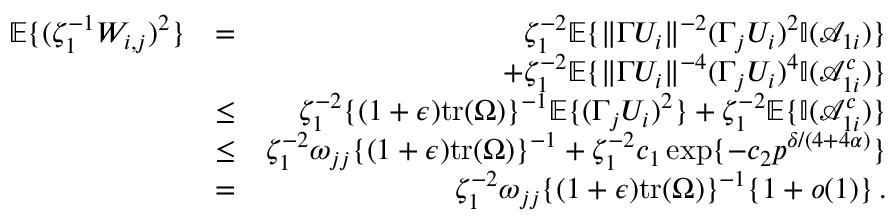
\begin{array} { r l r } { { \mathbb { E } } \{ ( \zeta _ { 1 } ^ { - 1 } W _ { i , j } ) ^ { 2 } \} } & { = } & { \zeta _ { 1 } ^ { - 2 } { \mathbb { E } } \{ \| \Gamma U _ { i } \| ^ { - 2 } ( \Gamma _ { j } U _ { i } ) ^ { 2 } { \mathbb { I } } ( \mathcal { A } _ { 1 i } ) \} } \\ & { } & { + \zeta _ { 1 } ^ { - 2 } { \mathbb { E } } \{ \| \Gamma U _ { i } \| ^ { - 4 } ( \Gamma _ { j } U _ { i } ) ^ { 4 } { \mathbb { I } } ( \mathcal { A } _ { 1 i } ^ { c } ) \} } \\ & { \leq } & { \zeta _ { 1 } ^ { - 2 } \{ ( 1 + \epsilon ) \mathrm { t r } ( \Omega ) \} ^ { - 1 } { \mathbb { E } } \{ ( \Gamma _ { j } U _ { i } ) ^ { 2 } \} + \zeta _ { 1 } ^ { - 2 } { \mathbb { E } } \{ { \mathbb { I } } ( \mathcal { A } _ { 1 i } ^ { c } ) \} } \\ & { \leq } & { \zeta _ { 1 } ^ { - 2 } \omega _ { j j } \{ ( 1 + \epsilon ) \mathrm { t r } ( \Omega ) \} ^ { - 1 } + \zeta _ { 1 } ^ { - 2 } c _ { 1 } \exp \{ - c _ { 2 } p ^ { \delta / ( 4 + 4 \alpha ) } \} } \\ & { = } & { \zeta _ { 1 } ^ { - 2 } \omega _ { j j } \{ ( 1 + \epsilon ) \mathrm { t r } ( \Omega ) \} ^ { - 1 } \{ 1 + o ( 1 ) \} \, . } \end{array}